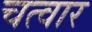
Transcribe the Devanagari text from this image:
चत्वार